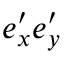
e _ { x } ^ { \prime } e _ { y } ^ { \prime }